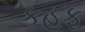
કહફ